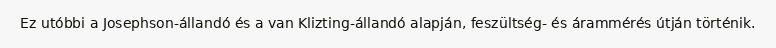
Ez utóbbi a Josephson-állandó és a van Klizting-állandó alapján, feszültség- és árammérés útján történik.